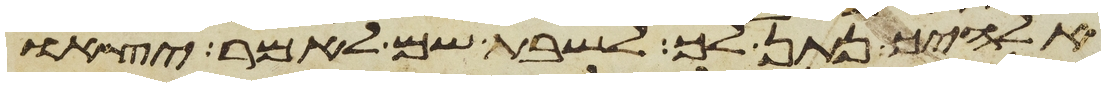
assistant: אלהיך נתן לך לשבת שם לאמר יצאו